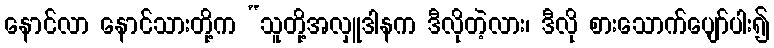
နောင်လာ နောင်သားတို့က “သူတို့အလှူဒါနက ဒီလိုတဲ့လား၊ ဒီလို စားသောက်ပျော်ပါး၍